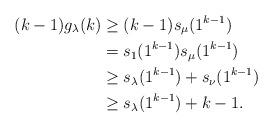
LaTeX: \begin{align*}(k-1)g_{\lambda}(k)&\geq(k-1)s_{\mu}(1^{k-1})\\&=s_{1}(1^{k-1})s_{\mu}(1^{k-1})\\&\geq s_{\lambda}(1^{k-1})+s_{\nu}(1^{k-1})\\&\geq s_{\lambda}(1^{k-1})+k-1.\end{align*}